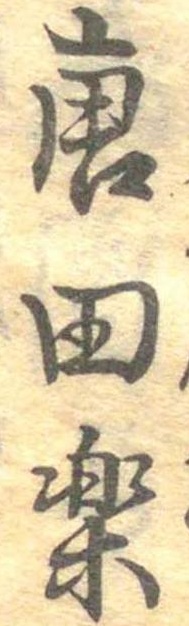
唐田楽